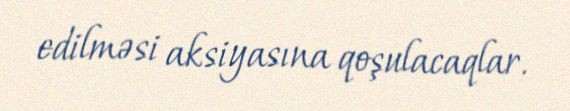
edilməsi aksiyasına qoşulacaqlar.